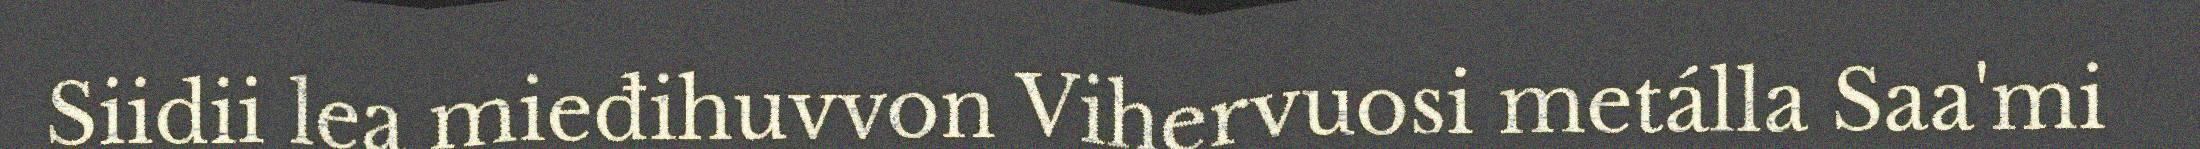
Siidii lea mieđihuvvon Vihervuosi metálla Saa'mi